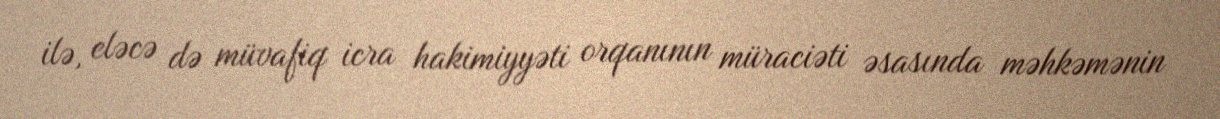
ilə, eləcə də müvafiq icra hakimiyyəti orqanının müraciəti əsasında məhkəmənin